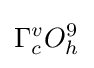
\Gamma _{c}^{v}O_{h}^{9}